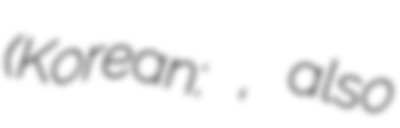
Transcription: (Korean: 남관우, also